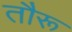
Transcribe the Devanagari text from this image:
तौरू